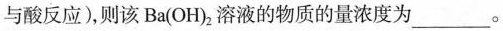
与酸反应)，则该Ba(OH)2溶液的物质的量浓度为___。